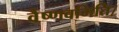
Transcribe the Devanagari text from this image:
वैष्णवमिति।